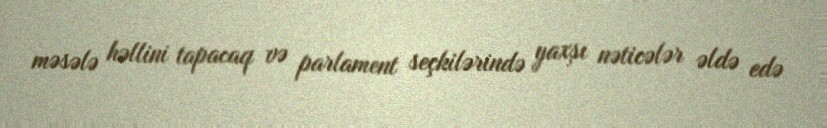
məsələ həllini tapacaq və parlament seçkilərində yaxşı nəticələr əldə edə